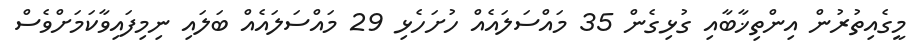
މީގެއިތުރުން އިންތިޚާބާއި ގުޅިގެން 35 މައްސަލައެއް ހުށަހެޅި 29 މައްސަލައެއް ބަލައި ނިމިފައިވާކަމަށްވެސް